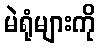
မဲရုံများကို